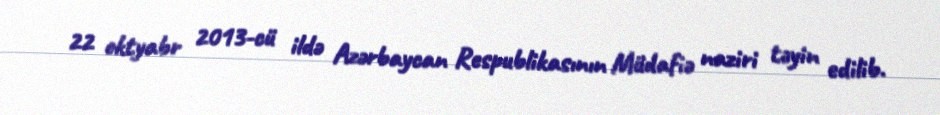
22 oktyabr 2013-cü ildə Azərbaycan Respublikasının Müdafiə naziri təyin edilib.